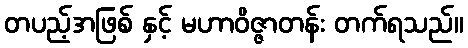
တပည့်အဖြစ် နှင့် မဟာဝိဇ္ဇာတန်း တက်ရသည်။